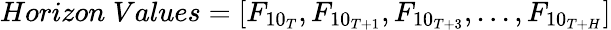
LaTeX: Horizon\; Values=[F_{{10}_{T}},F_{{10}_{T+1}},F_{{10}_{T+3}},...,F_{{10}_{T+H}}]